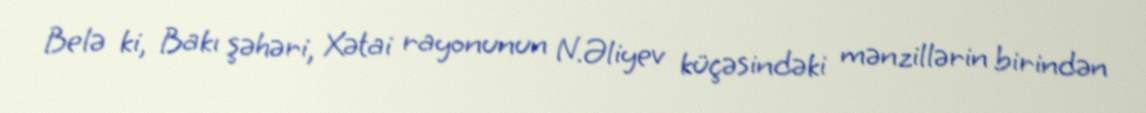
Belə ki, Bakı şəhəri, Xətai rayonunun N.Əliyev küçəsindəki mənzillərin birindən